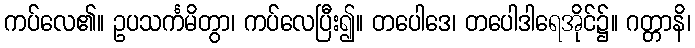
ကပ်လေ၏။ ဥပသင်္ကမိတွာ၊ ကပ်လေပြီး၍။ တပေါဒေ၊ တပေါဒါရေအိုင်၌။ ဂတ္တာနိ၊